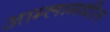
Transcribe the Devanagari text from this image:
आम्लामधील